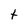
Character: t